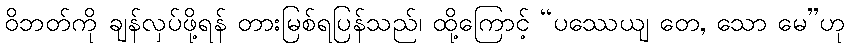
ဝိဘတ်ကို ချန်လှပ်ဖို့ရန် တားမြစ်ရပြန်သည်၊ ထို့ကြောင့် “ပဿေယျ တေ, သော မေ”ဟု